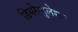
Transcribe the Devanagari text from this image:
डिसरेग्युलेशन